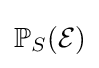
\mathbb {P} _{S}({\mathcal {E}})